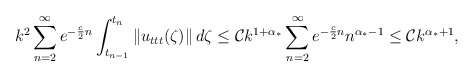
\begin{align*} & k^2 \sum\limits_{n=2}^{\infty}e^{-\frac{c}{2}n} \int_{t_{n-1}}^{t_{n}} \left\|u_{ttt}(\zeta)\right\| d\zeta \leq \mathcal{C} k^{1+\alpha_*} \sum\limits_{n=2}^{\infty}e^{-\frac{c}{2}n} n^{\alpha_*-1} \leq \mathcal{C}k^{\alpha_*+1}, \end{align*}